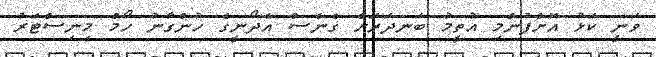
ވަނީ ކަޅު އޮށްފުންމި އުތީމު ބަނދަރަށް ގެނެސް އެދޯނީގެ ހުންގާނު ހޯމް މިނިސްޓަރު